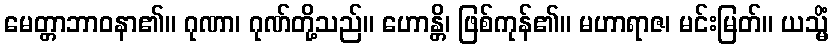
မေတ္တာဘာဝနာ၏။ ဂုဏာ၊ ဂုဏ်တို့သည်။ ဟောန္တိ၊ ဖြစ်ကုန်၏။ မဟာရာဇ၊ မင်းမြတ်။ ယသ္မိံ